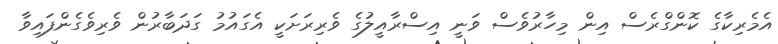
އެމެރިކާގެ ކޮންގްރެސް އިން މިހާރުވެސް ވަނީ އިސްރާއީލުގެ ވެރިރަށަކީ އެގައުމު ގަދަބާރުން ވެރިވެގެންފައިވާ